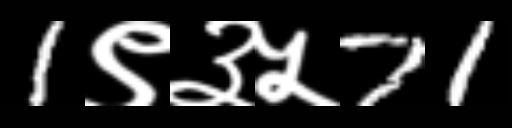
Text: 1९३५71